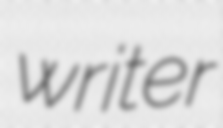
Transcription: writer